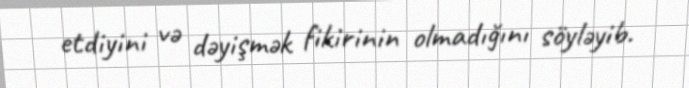
etdiyini və dəyişmək fikirinin olmadığını söyləyib.